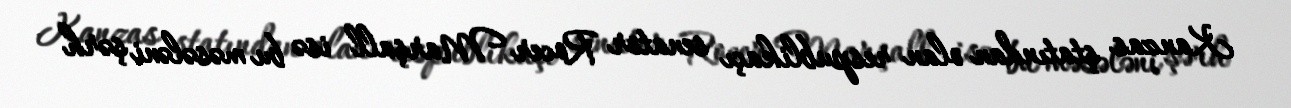
Kanzas ştatından olan respublikaçı senator Rocer Marşall isə bu məsələni şərh